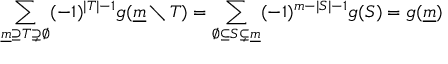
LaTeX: \sum _ { { \underline { { m } } } \supseteq T \supsetneq \varnothing } ( - 1 ) ^ { | T | - 1 } g ( { \underline { { m } } } \setminus T ) = \sum _ { \varnothing \subseteq S \subsetneq { \underline { { m } } } } ( - 1 ) ^ { m - | S | - 1 } g ( S ) = g ( { \underline { { m } } } )